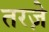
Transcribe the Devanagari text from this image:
तरज़े